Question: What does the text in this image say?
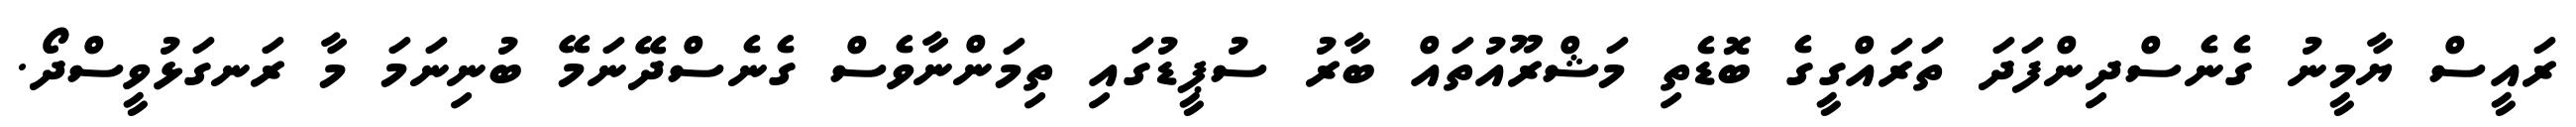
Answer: ރައީސް ޔާމީނު ގެނެސްދިންފަދަ ތަރައްގީގެ ބޮޑެތި މަޝްރޫއުތައް ބާރު ސުޕީޑުގައި ތިމަންނާވެސް ގެނެސްދޭނަމޭ ބުނިނަމަ މާ ރަނގަޅުވީސްދޯ.